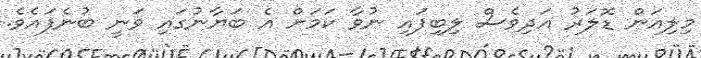
މިލިއަން ޑޮލަރު އަދިވެސް ލިބިފައި ނުވާ ކަމަށް އެ ބަޔާނުގައި ވަނީ ބުނެފައެވެ.